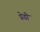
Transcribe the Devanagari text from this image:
प्रेडी